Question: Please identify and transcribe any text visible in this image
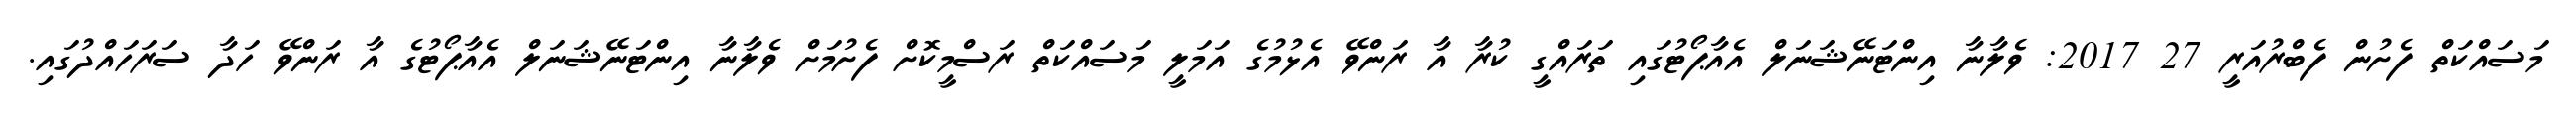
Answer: މަސައްކަތް ފެށުން ފެބްރުއަރީ 27 2017: ވެލާނާ އިންޓަނޭޝަނަލް އެއާޕޯޓުގައި ތަރައްގީ ކުރާ އާ ރަންވޭ އެޅުމުގެ އަމަލީ މަސައްކަތް ރަސްމީކޮށް ފެށުމަށް ވެލާނާ އިންޓަނޭޝަނަލް އެއާޕޯޓުގެ އާ ރަންވޭ ހަދާ ސަރަހައްދުގައި.